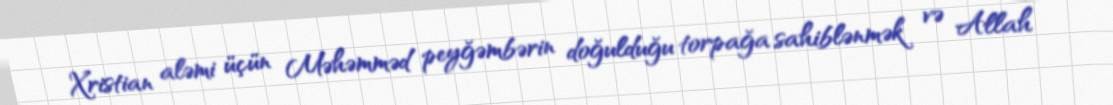
Xristian aləmi üçün Məhəmməd peyğəmbərin doğulduğu torpağa sahiblənmək və Allah